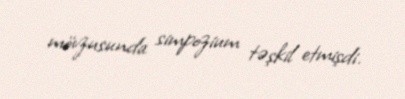
mövzusunda simpozium təşkil etmişdi.